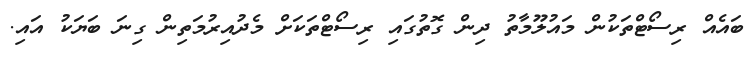
ބައެއް ރިސޯޓްތަކުން މައުލޫމާތު ދިން ގޮތުގައި ރިސޯޓްތަކަށް މެދުއިރުމަތިން ގިނަ ބަޔަކު އައި.